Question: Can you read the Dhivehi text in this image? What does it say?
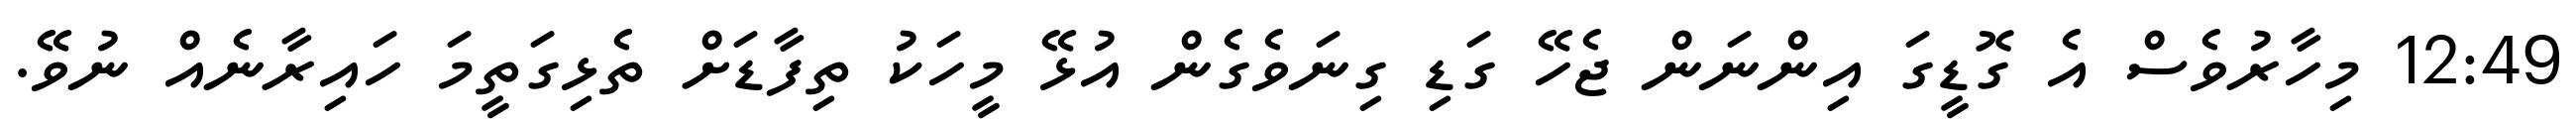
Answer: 12:49 މިހާރުވެސް އެ ގޮޑީގަ އިންނަން ޖެހޭ ގަޑި ގިނަވެގެން އުޅޭ މީހަކު ތިފާޑަށް ތެޅިގަތީމަ ހައިރާނެއް ނުވޭ.